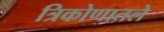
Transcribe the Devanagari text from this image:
त्रिकोणातले